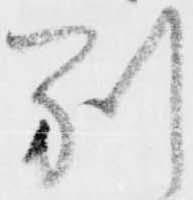
別